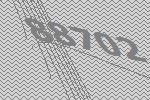
88702